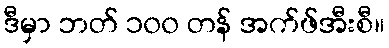
ဒီမှာ ဘတ် ၁၀၀ တန် အက်ဖ်အီးစီ။